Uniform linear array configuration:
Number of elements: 8
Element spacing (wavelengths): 0.75
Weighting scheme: hamming
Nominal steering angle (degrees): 30
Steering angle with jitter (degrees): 30.412
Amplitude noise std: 0.05
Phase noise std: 0.05

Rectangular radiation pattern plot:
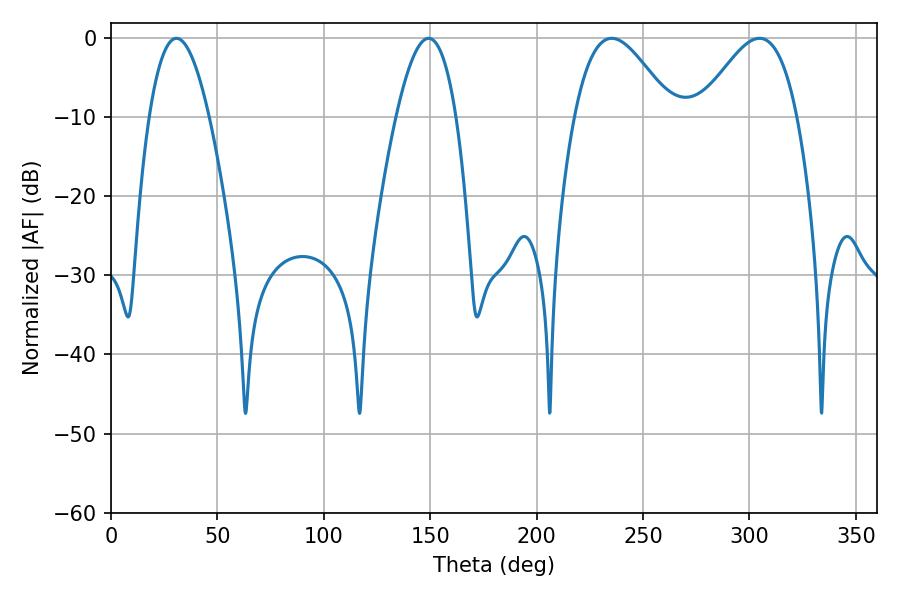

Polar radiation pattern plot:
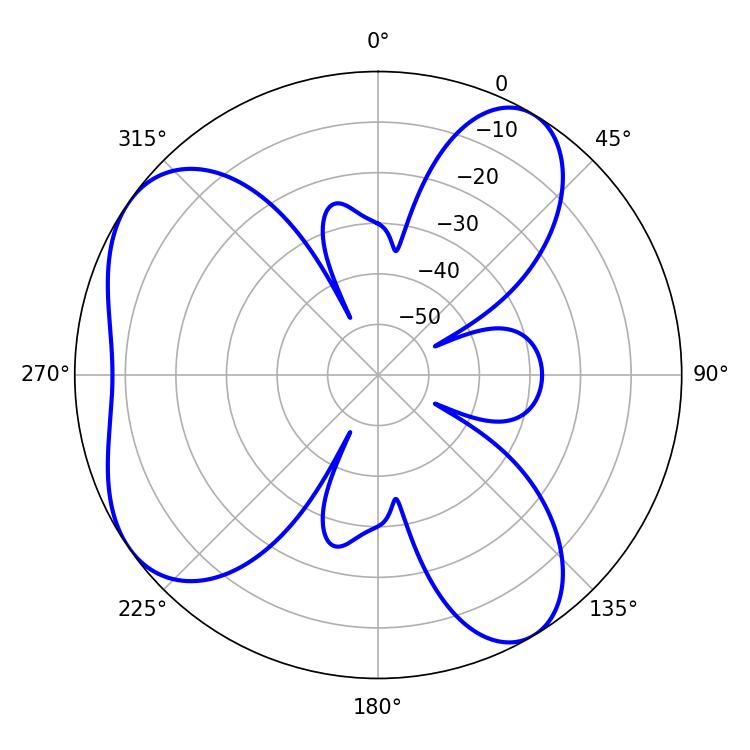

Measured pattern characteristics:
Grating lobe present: TRUE
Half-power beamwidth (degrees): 24.66
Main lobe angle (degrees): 235.26